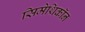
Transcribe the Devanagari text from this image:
सिमेथिकॉन